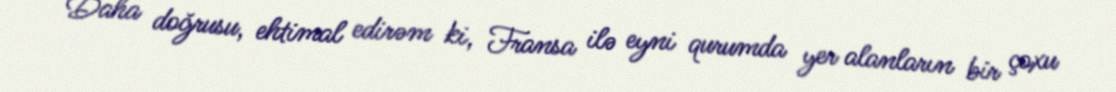
Daha doğrusu, ehtimal edirəm ki, Fransa ilə eyni qurumda yer alanların bir çoxu